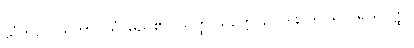
သံကိလေသဘာဂိယံ၊ မည်၏။ ယတ္ထ သုတ္တေ၊ ၌။ ဒါနာဒိပုညကိရိယဝတ္ထု၊